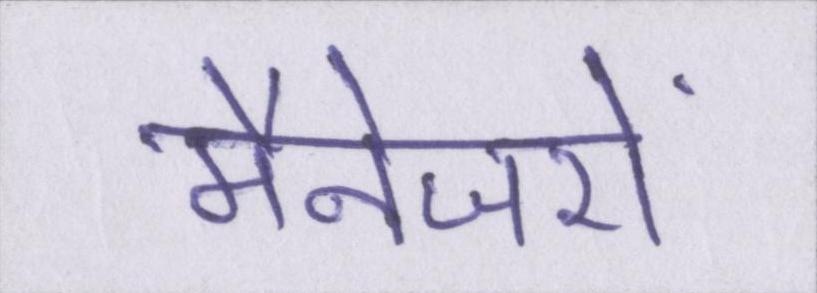
मैनेजरों